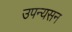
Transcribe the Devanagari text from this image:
उपन्यसन